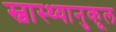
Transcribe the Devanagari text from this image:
स्वास्थ्यानुकूल